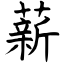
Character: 薪